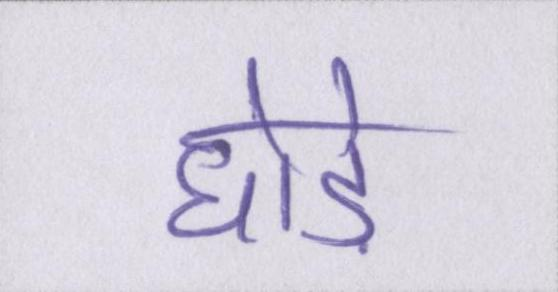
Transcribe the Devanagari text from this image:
घोड़े